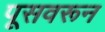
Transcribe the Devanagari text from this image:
पूसवरून